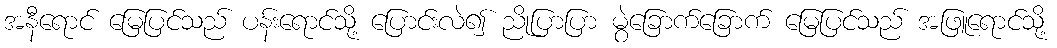
အနီရောင် မြေပြင်သည် ပန်းရောင်သို့ ပြောင်းလဲ၍ ညိုပြာပြာ မွဲခြောက်ခြောက် မြေပြင်သည် အဖြူရောင်သို့